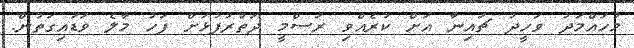
މުހައްމަދު ވަހީދު ޗައިނާ އަށް ކުރެއްވި ރަސްމީ ދަތުރުފުޅަށް ފަހު މާލެ ވަޑައިގަތުން.